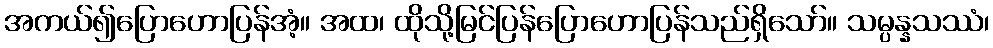
အကယ်၍ပြောဟောပြန်အံ့။ အထ၊ ထိုသို့မြင်ပြန်ပြောဟောပြန်သည်ရှိသော်။ သမ္ပန္နသဿံ၊